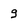
Character: 9